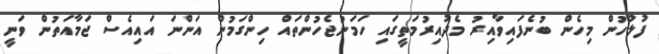
ފުލުހުން މިހެން ބުނެފައިވާއިރު މެދުއިރުމަތީގައި ހަމަނުޖެހުންތައް ހިންގަމުން އަންނަ އައިއެސް ޖަމާއަތުން ވަނީ